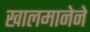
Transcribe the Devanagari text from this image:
खालमानेने